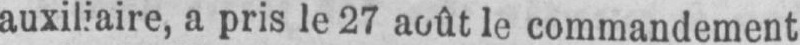
auxiliaire, a pris le 27 août le commandement